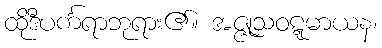
ထိုဒီပင်္ကရာဘုရား၏။ အဇ္ဇုသဝဋ္ဋမာယန၊